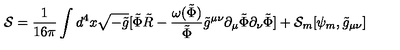
{ \cal { S } } = \frac { 1 } { 1 6 \pi } \int d ^ { 4 } x \sqrt { - \tilde { g } } [ \tilde { \Phi } \tilde { R } - \frac { \omega ( \tilde { \Phi } ) } { \tilde { \Phi } } \tilde { g } ^ { \mu \nu } \partial _ { \mu } \tilde { \Phi } \partial _ { \nu } \tilde { \Phi } ] + { \cal { S } } _ { m } [ \psi _ { m } , \tilde { g } _ { \mu \nu } ]